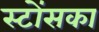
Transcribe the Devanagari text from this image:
स्टोंसका